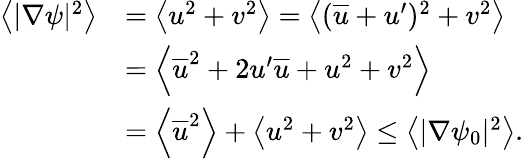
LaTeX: \begin{array}{rl}{\left<|\nabla\psi|^{2}\right>}&{=\left<u^{2}+v^{2}\right>=\left<(\overline{{u}}+u^{\prime})^{2}+v^{2}\right>}\\ &{=\left<\overline{{u}}^{2}+2u^{\prime}\overline{{u}}+u^{2}+v^{2}\right>}\\ &{=\left<\overline{{u}}^{2}\right>+\left<u^{2}+v^{2}\right>\leq\left<|\nabla\psi_{0}|^{2}\right>.}\end{array}